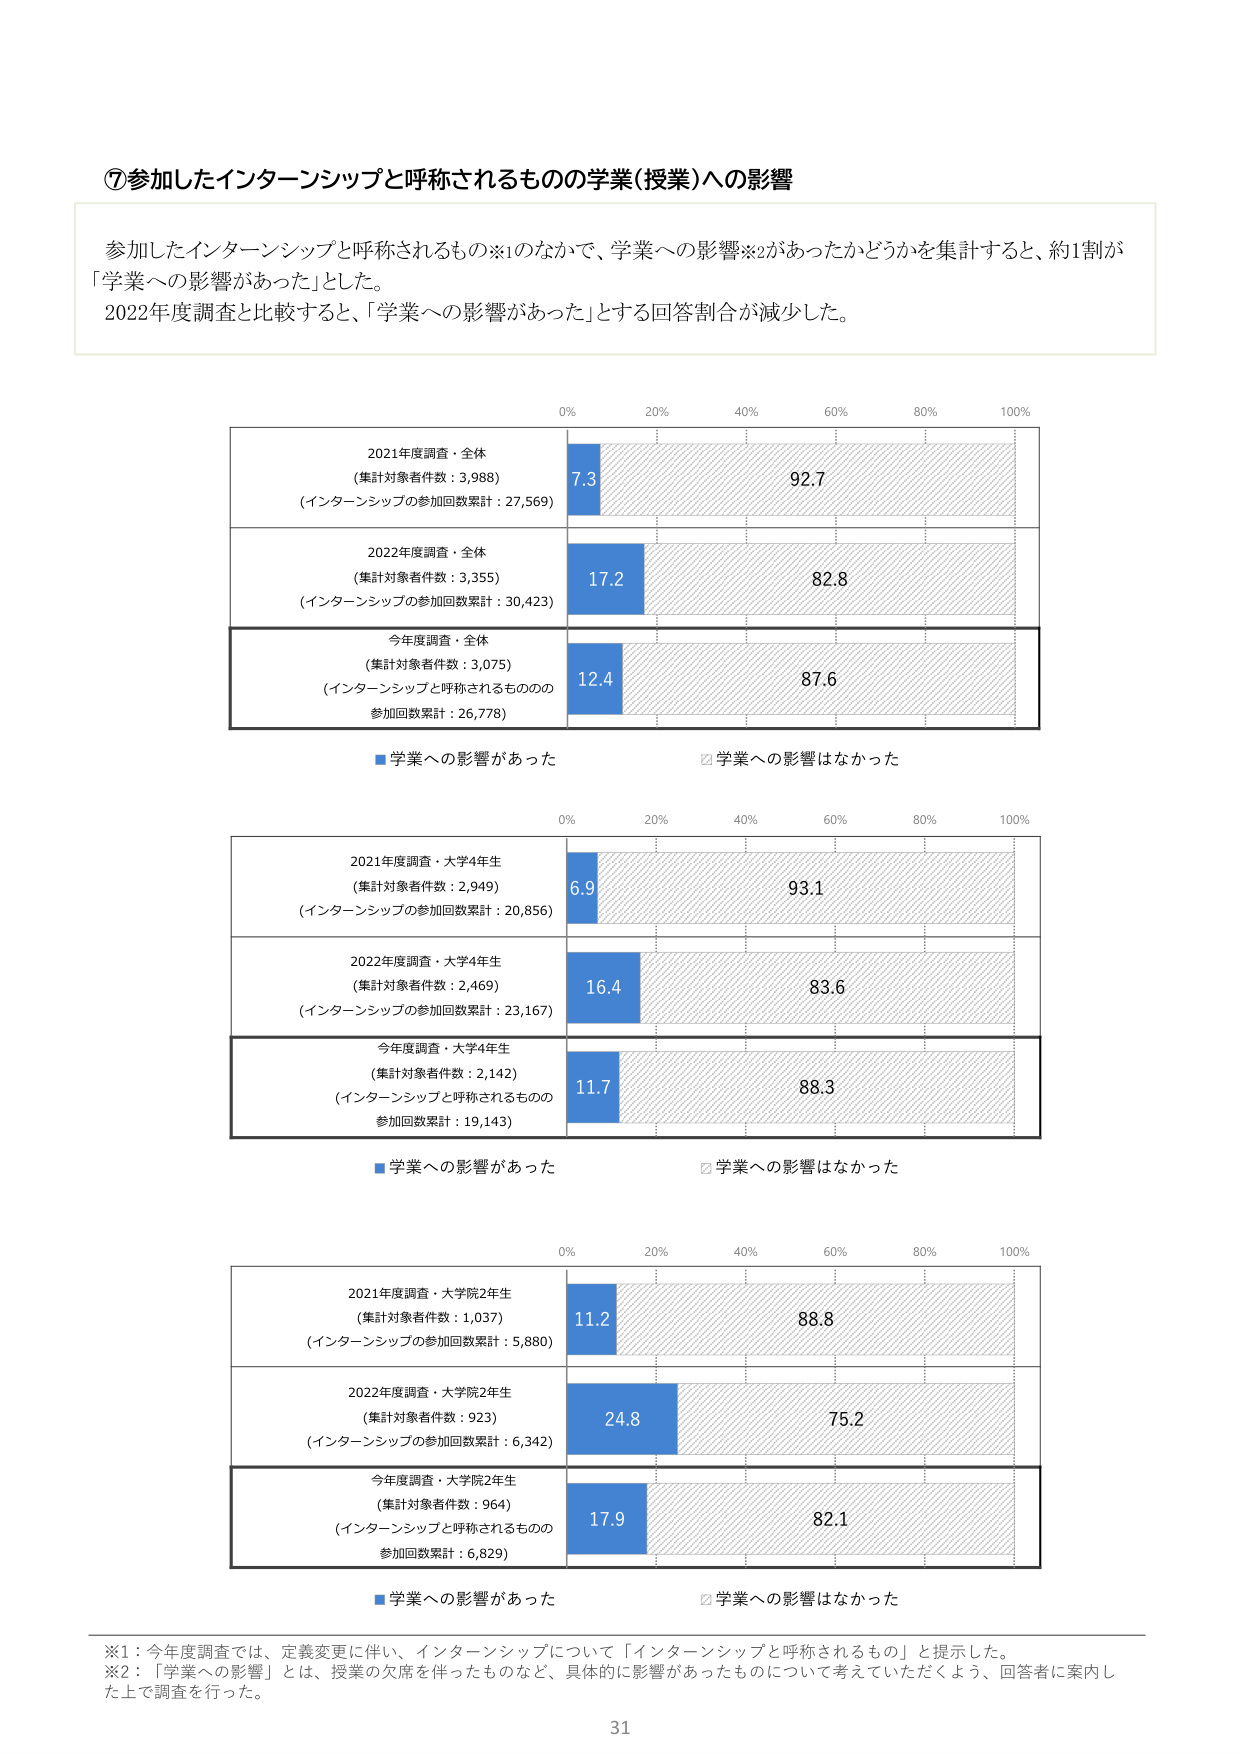
⑦参加したインターンシップと呼称されるものの学業(授業)への影響

参加したインターンシップと呼称されるもの※1のなかで、学業への影響※2があったかどうかを集計すると、約1割が「学業への影響があった」とした。
2022年度調査と比較すると、「学業への影響があった」とする回答割合が減少した。

0% 20% 40% 60% 80% 100%
2021年度調査・全体
（集計対象者件数：3,988）
（インターンシップの参加回数累計：27,569）
7.3 92.7
2022年度調査・全体
（集計対象者件数：3,355）
（インターンシップの参加回数累計：30,423）
17.2 82.8
今年度調査・全体
（集計対象者件数：3,075）
（インターンシップと呼称されるものの
参加回数累計：26,778）
12.4 87.6
■学業への影響があった □学業への影響はなかった

0% 20% 40% 60% 80% 100%
2021年度調査・大学4年生
（集計対象者件数：2,949）
（インターンシップの参加回数累計：20,856）
6.9 93.1
2022年度調査・大学4年生
（集計対象者件数：2,469）
（インターンシップの参加回数累計：23,167）
16.4 83.6
今年度調査・大学4年生
（集計対象者件数：2,142）
（インターンシップと呼称されるものの
参加回数累計：19,143）
11.7 88.3
■学業への影響があった □学業への影響はなかった

0% 20% 40% 60% 80% 100%
2021年度調査・大学院2年生
（集計対象者件数：1,037）
（インターンシップの参加回数累計：5,880）
11.2 88.8
2022年度調査・大学院2年生
（集計対象者件数：923）
（インターンシップの参加回数累計：6,342）
24.8 75.2
今年度調査・大学院2年生
（集計対象者件数：964）
（インターンシップと呼称されるものの
参加回数累計：6,829）
17.9 82.1
■学業への影響があった □学業への影響はなかった

※1：今年度調査では、定義変更に伴い、インターンシップについて「インターンシップと呼称されるもの」と提示した。
※2：「学業への影響」とは、授業の欠席を伴ったものなど、具体的に影響があったものについて考えていただくよう、回答者に案内した上で調査を行った。

31